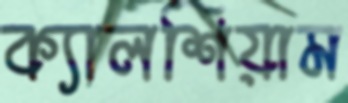
ক্যালশিয়াম